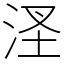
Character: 㳗